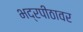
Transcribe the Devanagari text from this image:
भद्रपीठावर